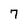
Character: 7